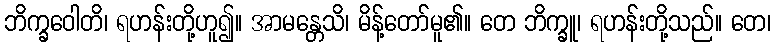
ဘိက္ခဝေါတိ၊ ရဟန်းတို့ဟူ၍။ အာမန္တေသိ၊ မိန့်တော်မူ၏။ တေ ဘိက္ခူ၊ ရဟန်းတို့သည်။ တေ၊